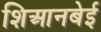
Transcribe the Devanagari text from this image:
शिआनबेई